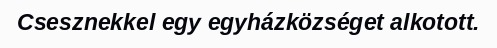
Csesznekkel egy egyházközséget alkotott.